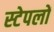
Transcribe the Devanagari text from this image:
स्टेपलों